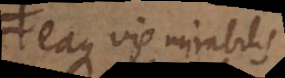
eaque vis mirabilis